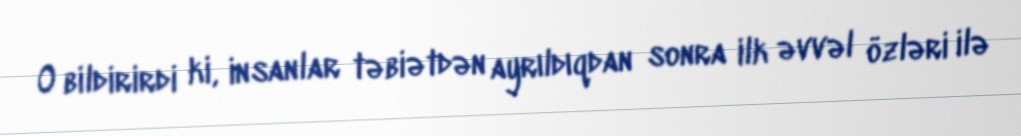
O bildirirdi ki, insanlar təbiətdən ayrıldıqdan sonra ilk əvvəl özləri ilə